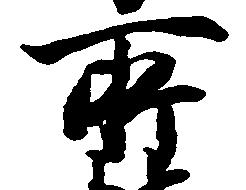
所